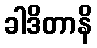
ခါဒိတာနိ